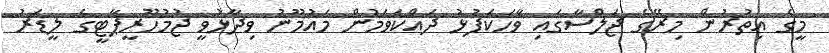
މީގެ އިތުރުން މިރޭގެ ޖަލްސާގައި ވާހަކަފުޅު ދައްކަވަމުން މައުމޫނު ވިދާޅުވީ ޖުމުހޫރީޕާޓީގެ ލީޑަރު